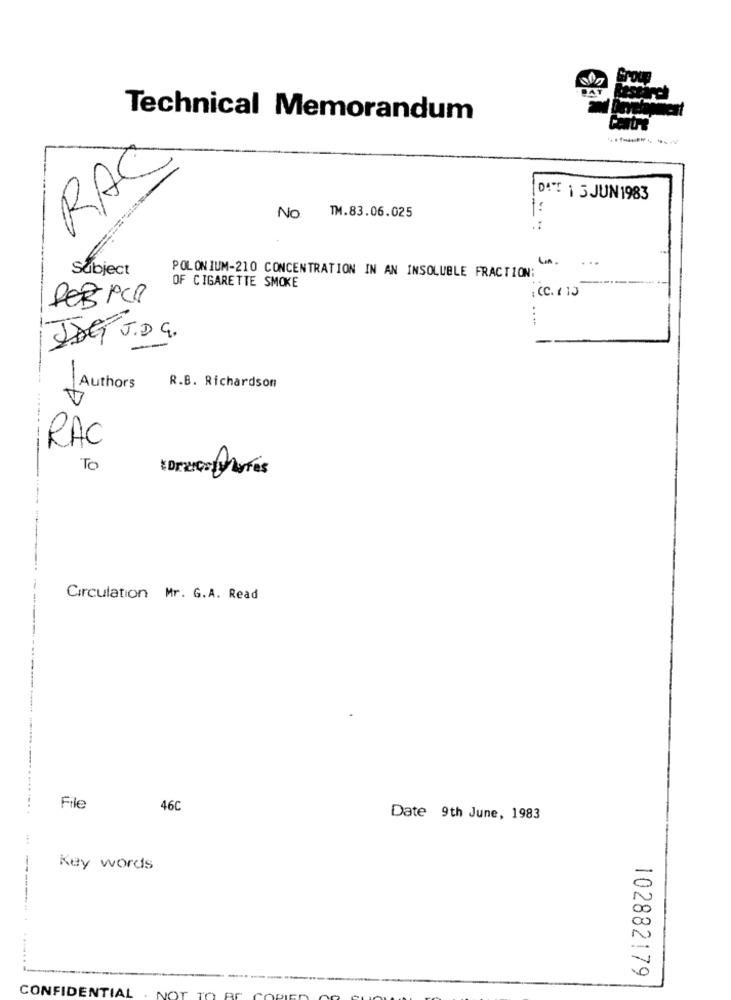
Technical Memorandum
RAC
DAT 1 5 JUN1983
No TM.83.06.025
Un .
...
Subject
POLONIUM-210 CONCENTRATION IN AN INSOLUBLE FRACTION:
OF CIGARETTE SMOKE
REB PCP
....
JAG J.D.G.
Authors
R.B. Richardson
RAC
TO
----
Circulation Mr. G.A. Read
File
460
Date 9th June, 1983
Key words
102882179
CONFIDENTIAL
NOT